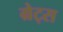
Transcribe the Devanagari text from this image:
ग्रेट्स